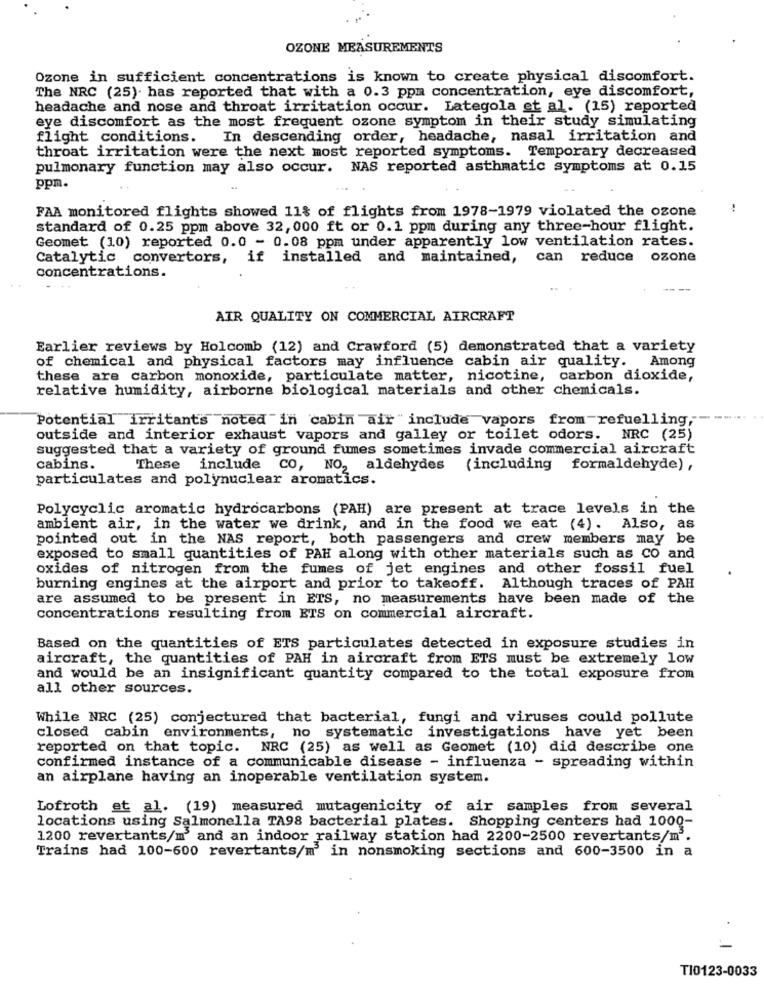
OZONE MEASUREMENTS
Ozone in sufficient concentrations is known to create physical discomfort.
The NRC (25). has reported that with a 0.3 ppm concentration, eye discomfort,
headache and nose and throat irritation occur. Lategola et al. (15) reported
eye discomfort as the most frequent ozone symptom in their study simulating
flight conditions.
In descending order, headache, nasal irritation and
throat irritation were the next most reported symptoms. Temporary decreased
pulmonary function may also occur. NAS reported asthmatic symptoms at 0.15
ppm.
FAA monitored flights showed 11% of flights from 1978-1979 violated the ozone
standard of 0.25 ppm above 32, 000 ft or 0.1 ppm during any three-hour flight.
Geomet (10) reported 0.0 - 0.08 ppm under apparently low ventilation rates.
Catalytic convertors, if installed and maintained,
can reduce ozone
concentrations.
AIR QUALITY ON COMMERCIAL AIRCRAFT
Earlier reviews by Holcomb (12) and Crawford (5) demonstrated that a variety
of chemical and physical factors may influence cabin air quality. Among
these are carbon monoxide, particulate matter, nicotine, carbon dioxide,
relative humidity, airborne biological materials and other chemicals.
Potential irritants noted in cabin air " include vapors from -refuelling,"
outside and interior exhaust vapors and galley or toilet odors. NRC (25)
suggested that a variety of ground fumes sometimes invade commercial aircraft
cabins.
These include CO, NO2 aldehydes (including formaldehyde),
particulates and polynuclear aromatics.
Polycyclic aromatic hydrocarbons (PAH) are present at trace levels in the
ambient air, in the water we drink, and in the food we eat (4). Also, as
pointed out in the NAS report, both passengers and crew members may be
exposed to small quantities of PAH along with other materials such as co and
oxides of nitrogen from the fumes of jet engines and other fossil fuel
burning engines at the airport and prior to takeoff. Although traces of PAH
are assumed to be present in ETS, no measurements have been made of the
concentrations resulting from ETS on commercial aircraft.
Based on the quantities of ETS particulates detected in exposure studies in
aircraft, the quantities of PAH in aircraft from ETS must be extremely low
and would be an insignificant quantity compared to the total exposure from
all other sources.
While NRC (25) conjectured that bacterial, fungi and viruses could pollute
closed cabin environments, no systematic investigations have yet been
reported on that topic. NRC (25) as well as Geomet (10) did describe one
confirmed instance of a communicable disease - influenza - spreading within
an airplane having an inoperable ventilation system.
Lofroth et al. (19) measured mutagenicity of air samples from several
locations using Salmonella TA98 bacterial plates. Shopping centers had 1000-
1200 revertants/m and an indoor railway station had 2200-2500 revertants/m2.
Trains had 100-600 revertants/m in nonsmoking sections and 600-3500 in a
T10123-0033